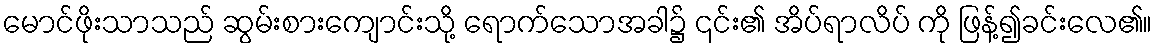
မောင်ဖိုးသာသည် ဆွမ်းစားကျောင်းသို့ ရောက်သောအခါ၌ ၎င်း၏ အိပ်ရာလိပ် ကို ဖြန့်၍ခင်းလေ၏။